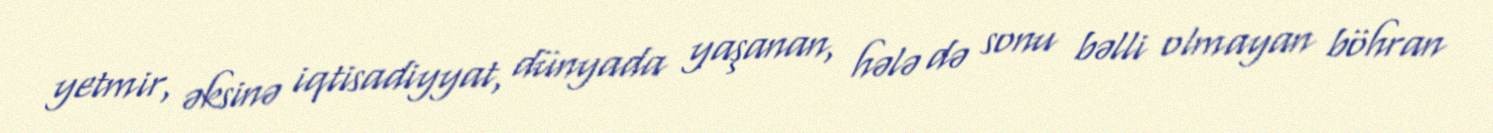
yetmir, əksinə iqtisadiyyat, dünyada yaşanan, hələ də sonu bəlli olmayan böhran